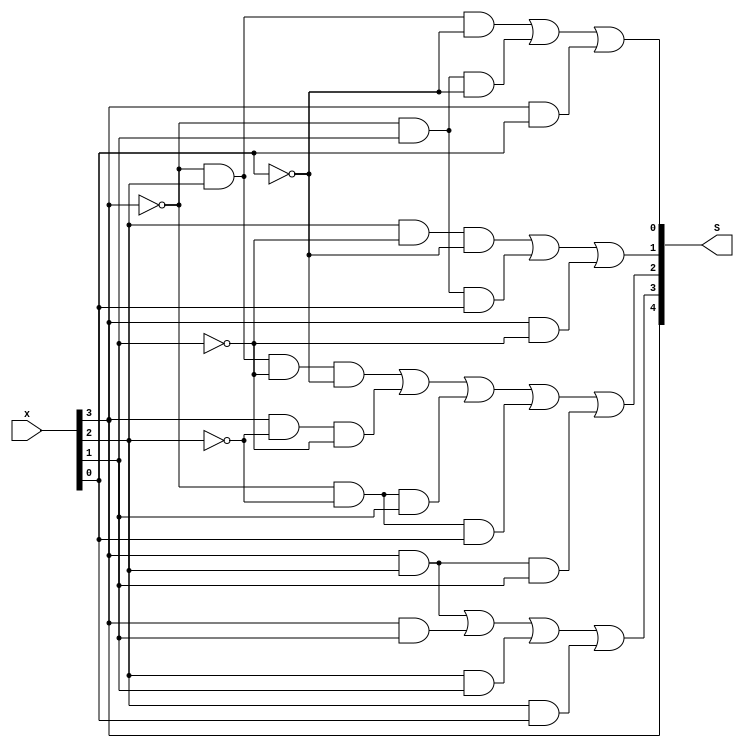
module S_baixoNivel (input [3:0] x, output [4:0] S);
    assign S[4] = (x[3]);
    assign S[3] = (x[3] & x[2]) | (x[3] & x[1]) | (x[2] & x[1]) | (x[2] & x[0]);
    assign S[2] = (~x[3] & x[2] & ~x[1] & ~x[0]) | (x[3] & ~x[2] & ~x[1]) | 
            (~x[3] & ~x[2] & x[1]) | (~x[3] & ~x[2] & x[0]) | (x[3] & x[2] & x[1]);
    assign S[1] = (x[2] & ~x[1] & ~x[0]) | (~x[3] & x[1] & x[0]) | (x[3] & ~x[1]);
    assign S[0] = (~x[3] & x[2] & ~x[0]) | (~x[3] & x[1] & ~x[0]) | (x[3] & x[0]);
endmodule

module S_autoNivel (input [3:0] x, output [4:0] S);
    assign S = (x[3] == 1)? ((x-2)+5'b10000): (x+3);    
endmodule

//testbench
module testbench();
    reg [3:0] x;
    wire [4:0] S1,S2;
    integer i;

    S_baixoNivel teste(x, S1);
    S_autoNivel teste2(x, S2);

    initial begin
        x = 4'b0000; #1;     
        //$monitor("%d     x %b          S1 %b  S2 %b", i, x, S1, S2);  //impressao
        for (i=1; i<16; i=i+1) begin
            x = x + 8'b0001; #1;   
            if ( S1 != S2  ) $display("FALHA");
        end
    end
endmodule